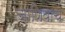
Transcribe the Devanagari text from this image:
जाणिवाच